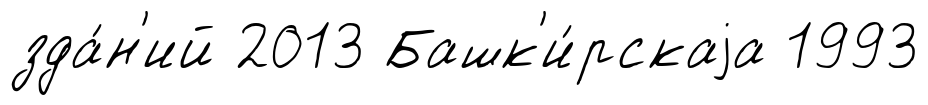
зда́н'ий 2013 Башк'и́рскаjа 1993